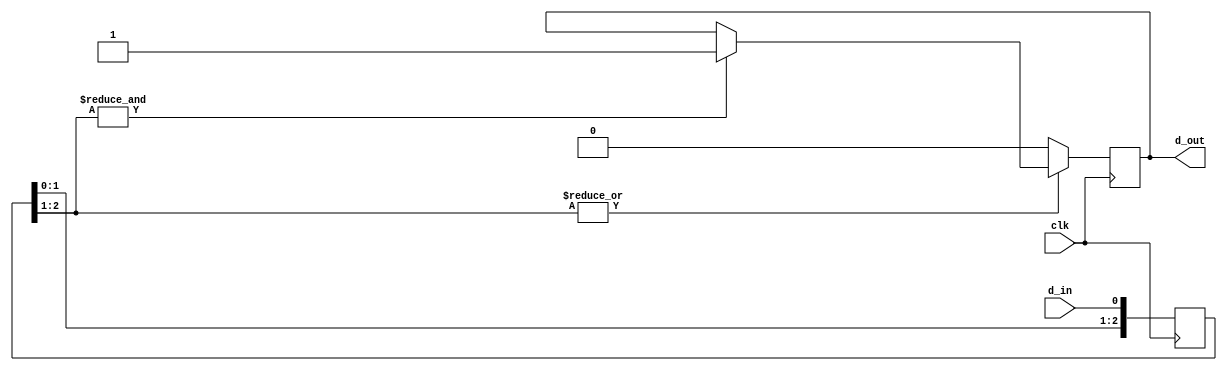
/********************************************************
* Input Signal Glitch Noize Filter
*
**********************************************************
* input clk
* input d_in
* output d_out
***********************************************************
* parameter n       :   
*
*
***********************************************************/

module filter(
    input clk,
    input d_in,
    output d_out);

    parameter n = 2;

    reg [n:0] in_buf=0;
    reg out_state=1'b0;

    always @(posedge clk) begin
        in_buf[0] <= d_in;
        in_buf[n:1] <=  in_buf[n-1:0];

        if(&in_buf[n:1]) out_state<=1'b1;
        if(~|in_buf[n:1]) out_state <= 1'b0;
    end
    
    assign d_out = out_state; 

endmodule